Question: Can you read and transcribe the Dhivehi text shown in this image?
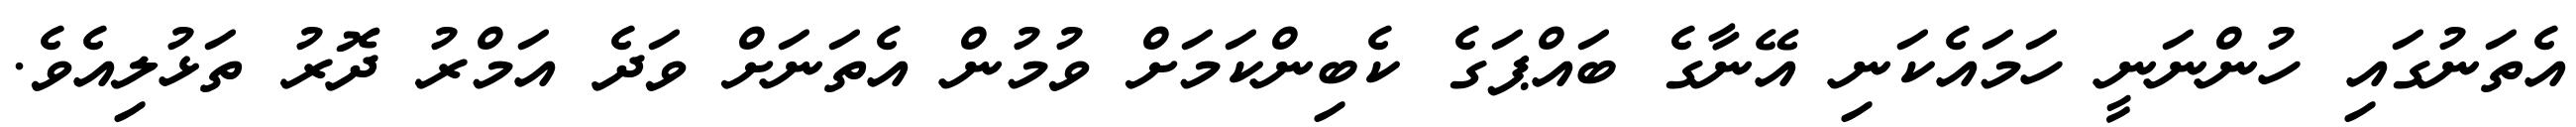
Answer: އެތަނުގައި ހުންނަނީ ހަމައެކަނި އޭނާގެ ބައްޕަގެ ކެބިންކަމަށް ވުމުން އެތަނަށް ވަދެ އަމްރު ދޮރު ތަޅުލިއެވެ.